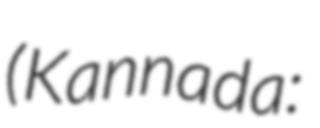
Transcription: (Kannada: